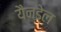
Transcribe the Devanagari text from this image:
यैनडेल